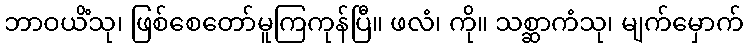
ဘာဝယိံသု၊ ဖြစ်စေတော်မူကြကုန်ပြီ။ ဖလံ၊ ကို။ သစ္ဆာကံသု၊ မျက်မှောက်